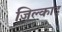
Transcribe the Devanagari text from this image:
जिल्काद